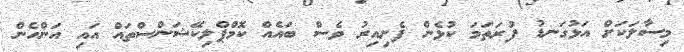
މިސާލަކަށް އަޅުގަނޑު ފުރަތަމަ ކުޅެން ފެށިއިރު ވެސް ބައެއް ކޮމްޕްލިކޭޝަންސްތައް އައި އަންހެން